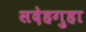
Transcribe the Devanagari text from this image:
सदेहगुहा